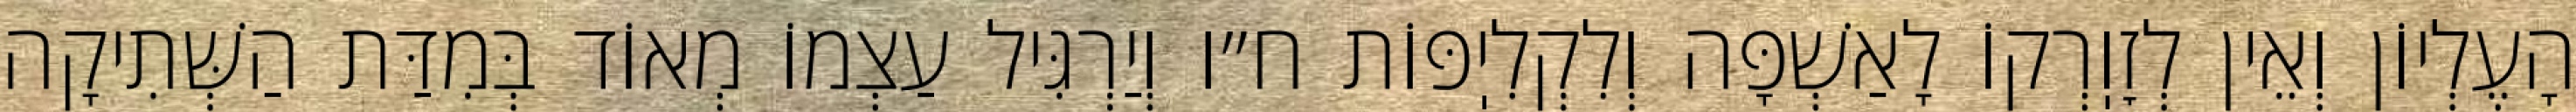
הָעֶלְיוֹן וְאֵין לְזׇוֽרְקוֹ לָאַשְׁפָּה וְלִקְלִיֽפּוֹת ח״ו וְיַרְגִּיל עַצְמוֹ מְאוֹד בְּמִדַּת הַשְּׁתִיקָה